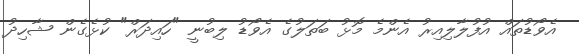
އެވޯޑުތައް އުފުލާލިއިރު އެންމެ މޮޅު ބަތަލުގެ އެވޯޑު ލިބުނީ "ހައިދަރް" ކުޅެގެން ޝާހިދު